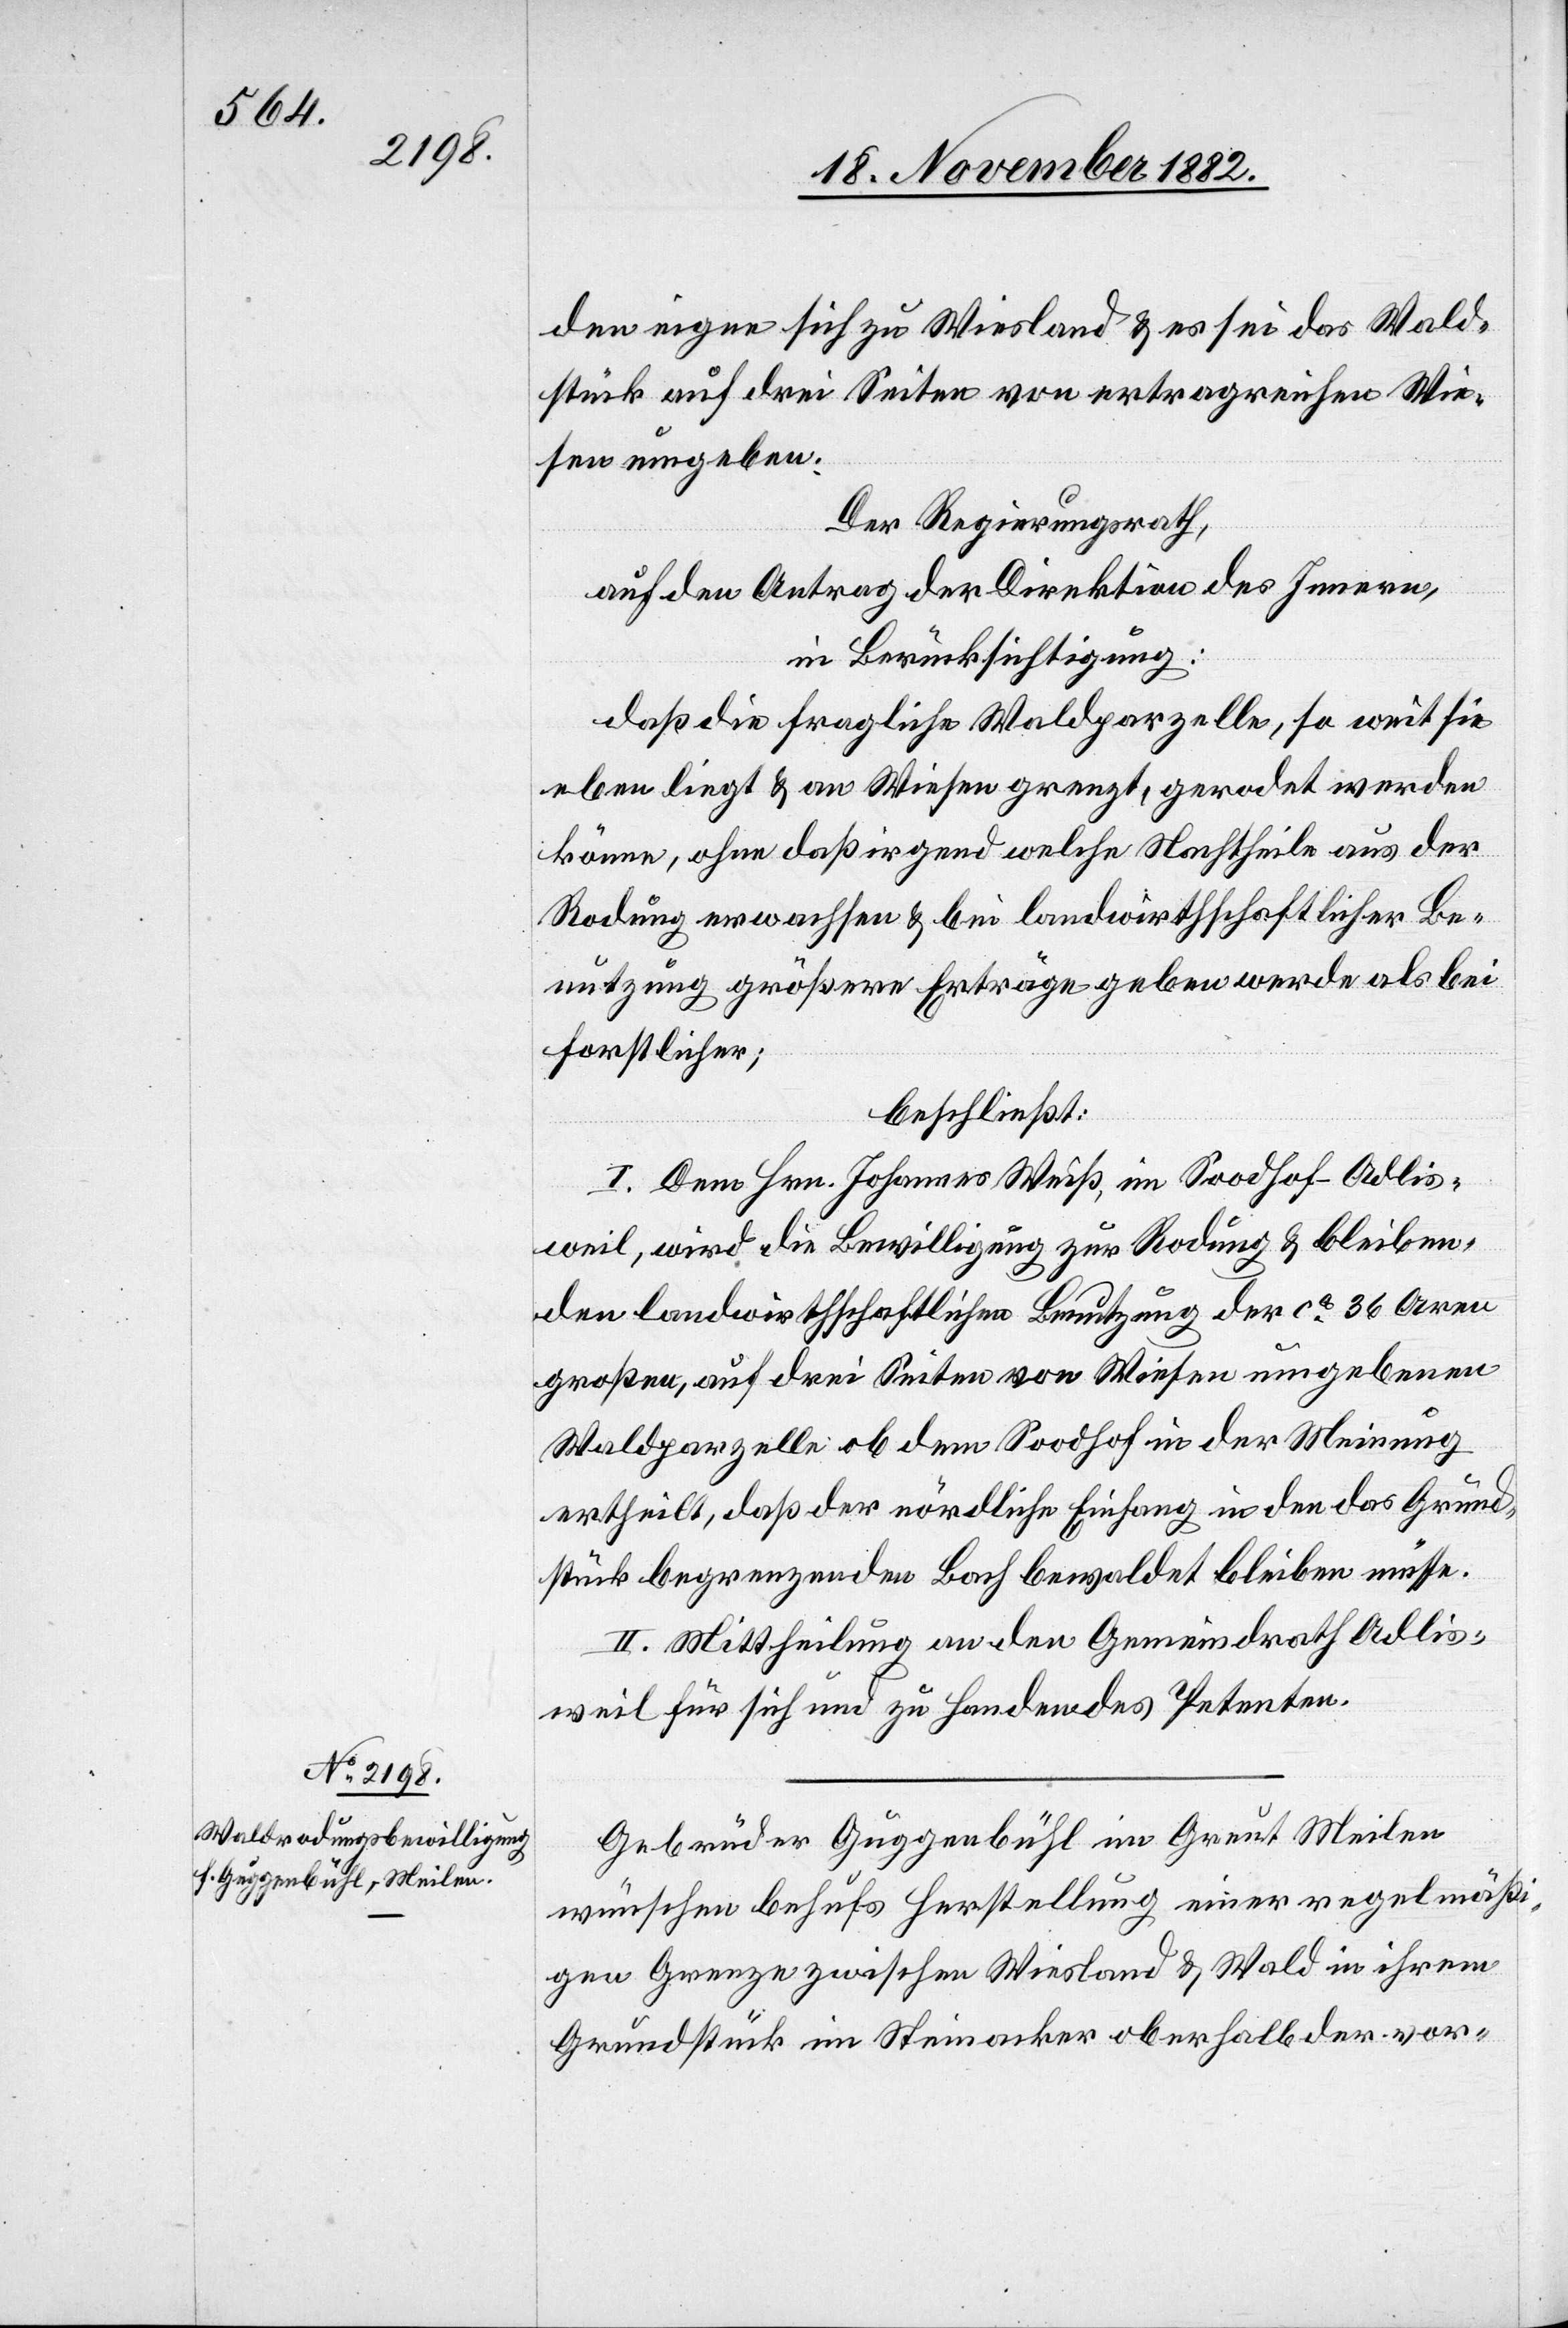
den eigne sich zu Wiesland & es sei das Wald¬
stück auf drei Seiten von ertragreichen Wie¬
sen umgeben.
Der Regierungsrath,
auf den Antrag der Direktion des Innern,
in Berücksichtigung:
daß die fragliche Waldparzelle, so weit sie
eben liegt & an Wiesen grenzt, gerodet werden
könne, ohne daß irgend welche Nachtheile aus der
Rodung erwachsen & bei landwirtschaftlicher Be¬
nutzung größere Erträge geben werde als bei
forstlicher;
beschließt:
I. Dem Hrn. Johannes Weiß, im Soodhof - Adlis¬
weil, wird die Bewilligung zur Rodung & bleiben¬
den landwirtschaftlichen Benutzung der ca 36 Aren
großen, auf drei Seiten von Wiesen umgebenen
Waldparzelle ob dem Soodhof in der Meinung
ertheilt, daß der nördliche Einfang in den das Grund¬
stück begrenzenden Bach bewaldet bleiben müsse.
II. Mittheilung an den Gemeindrath Adlis¬
weil für sich und zu Handen des Petenten.
Gebrüder Guggenbühl im Greut [-] Meilen
wünschen behufs Herstellung einer regelmäßi¬
gen Grenze zwischen Wiesland & Wald in ihrem
Grundstück im Steinacker oberhalb der vor-